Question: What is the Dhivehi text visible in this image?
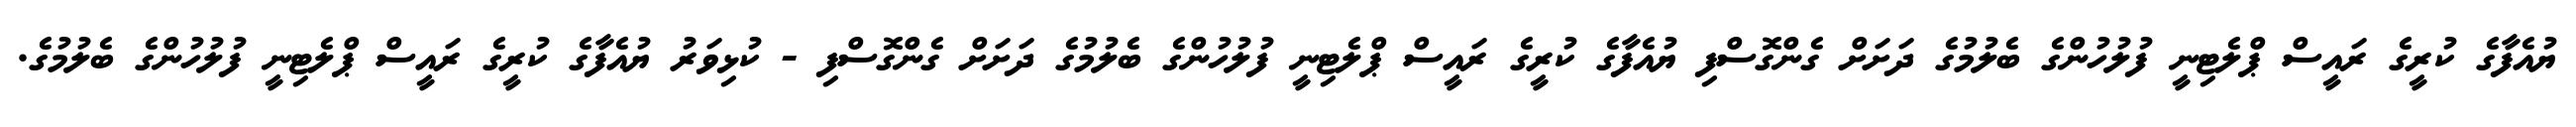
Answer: ޔުއެފާގެ ކުރީގެ ރައީސް ޕްލެޓިނީ ފުލުހުންގެ ބެލުމުގެ ދަށަށް ގެންގޮސްފި ޔުއެފާގެ ކުރީގެ ރައީސް ޕްލެޓިނީ ފުލުހުންގެ ބެލުމުގެ ދަށަށް ގެންގޮސްފި - ކުޅިވަރު ޔުއެފާގެ ކުރީގެ ރައީސް ޕްލެޓިނީ ފުލުހުންގެ ބެލުމުގެ.